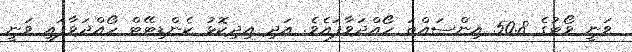
ވަނީ ވޯޓުގެ 50.8 އިންސައްތަ ހޯއްދަވާފައެވެ. އަދި އިދިކޮޅު ކެންޑިޓޭޓް ހޯއްދަވާފައި ވަނީ